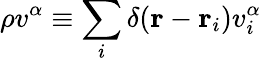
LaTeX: \rho v^{\alpha}\equiv\sum_{i}\delta(\mathbf{r}-\mathbf{r}_{i})v_{i}^{\alpha}